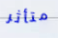
متأثر